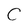
Character: C